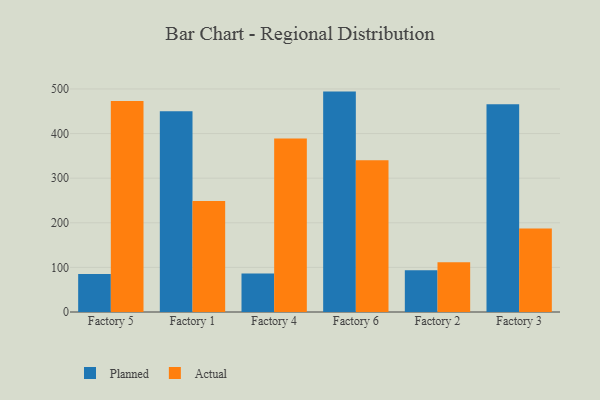
{"axis": {"x": "Factory", "y": "Website Visitors"}, "legend": ["Actual", "Planned"], "data": [{"x": "Factory 5", "y": 85.2, "type": "Planned"}, {"x": "Factory 5", "y": 473.1, "type": "Actual"}, {"x": "Factory 1", "y": 450.2, "type": "Planned"}, {"x": "Factory 1", "y": 248.7, "type": "Actual"}, {"x": "Factory 4", "y": 86.5, "type": "Planned"}, {"x": "Factory 4", "y": 389.2, "type": "Actual"}, {"x": "Factory 6", "y": 494.1, "type": "Planned"}, {"x": "Factory 6", "y": 340.4, "type": "Actual"}, {"x": "Factory 2", "y": 93.7, "type": "Planned"}, {"x": "Factory 2", "y": 111.5, "type": "Actual"}, {"x": "Factory 3", "y": 465.8, "type": "Planned"}, {"x": "Factory 3", "y": 187.2, "type": "Actual"}]}